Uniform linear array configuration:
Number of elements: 12
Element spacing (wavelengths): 1
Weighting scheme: cosine
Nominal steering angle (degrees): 0
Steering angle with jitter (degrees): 0.5889
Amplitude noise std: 0.05
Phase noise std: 0.05

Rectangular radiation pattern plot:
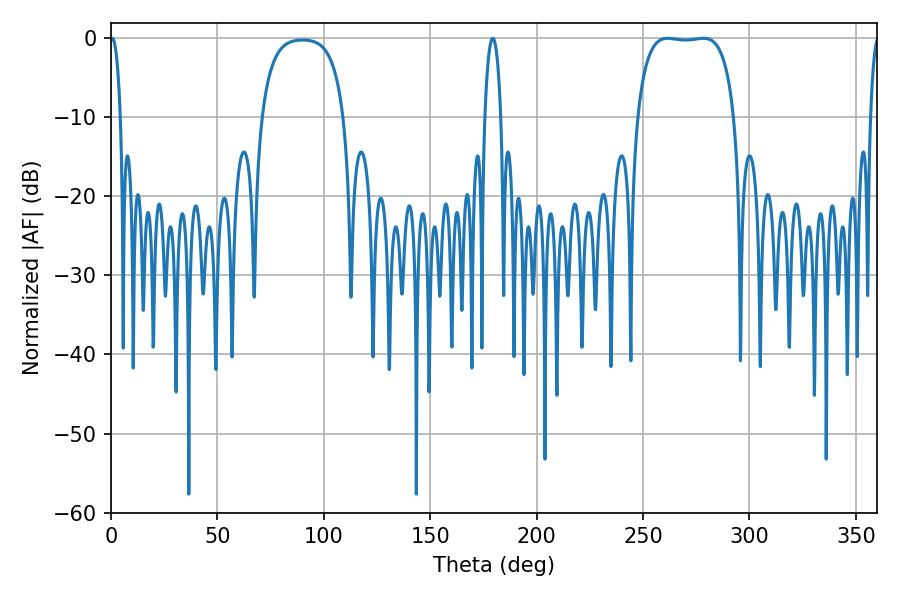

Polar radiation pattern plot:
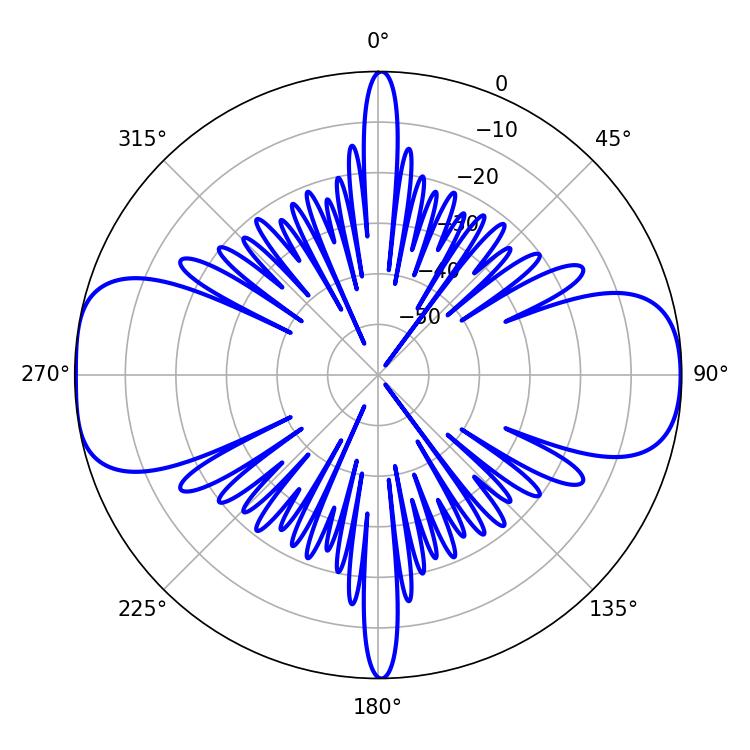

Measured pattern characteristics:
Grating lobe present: TRUE
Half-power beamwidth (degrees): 36
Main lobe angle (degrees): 261.54